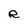
Character: R